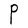
Character: P